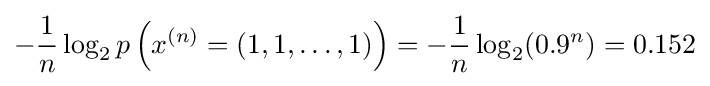
-{\frac {1}{n}}\log _{2}p\left(x^{(n)}=(1,1,\ldots ,1)\right)=-{\frac {1}{n}}\log _{2}(0.9^{n})=0.152